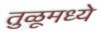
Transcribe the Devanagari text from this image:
तुळूमध्ये